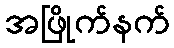
အဖြိုက်နက်